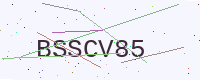
Text: BSSCV85